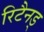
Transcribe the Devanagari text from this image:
रिटैनड्